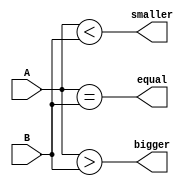
`timescale 1ns / 1ps
module CMP(
    input [31:0] A,
    input [31:0] B,
    output equal,
    output bigger,
    output smaller
    );

    assign equal=(A==B);
    assign bigger=(A>B);
    assign smaller=(A<B);

endmodule